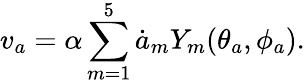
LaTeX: v_{a}=\alpha\sum_{m=1}^{5}\dot{a}_{m}Y_{m}(\theta_{a},\phi_{a}).